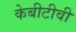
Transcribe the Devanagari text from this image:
केबीटीवी